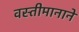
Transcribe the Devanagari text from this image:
वस्तीमानाने